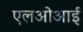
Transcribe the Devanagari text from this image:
एलओआई